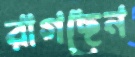
রাগছেন